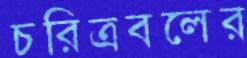
চরিত্রবলের